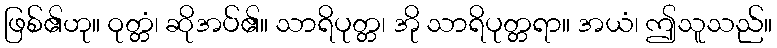
ဖြစ်၏ဟု။ ဝုတ္တံ၊ ဆိုအပ်၏။ သာရိပုတ္တ၊ အို သာရိပုတ္တရာ။ အယံ၊ ဤသူသည်။